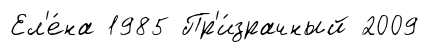
Ел'е́на 1985 Пр'и́зрачный 2009